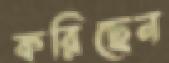
করিছেন